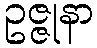
ဥဇ္ဇုနာ